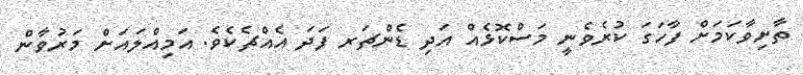
ތާށިވާކަމަށް ފާހަގަ ކުރެވެނީ މަސްކޮޅެއް އަދި ޑެންޗަރ ފަދަ އެއްޗެކެވެ. އަމިއްލައަށް މަރުވާން